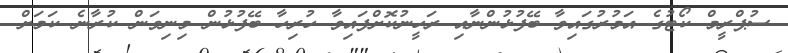
ސުޕްރީމް ކޯޓުގެ އަމުރުގައިވާ ބޭފުޅުންނާއި ރަހީނުކޮށްފައިވާ ހުރިހާ ބޭފުޅުން މިނިވަން ކުރާނެ ކަމަށް